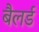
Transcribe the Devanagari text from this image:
बैलर्ड